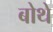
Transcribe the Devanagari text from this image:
बोथे